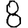
Digit: 8